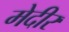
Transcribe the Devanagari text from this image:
मेदीर